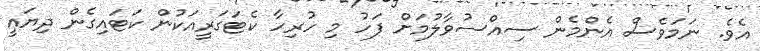
އެވެ. ނަމަވެސް އެންމެން ސިއްސުވާލުމަށް ފަހު މި ހުރިހާ ކެޓަގަރީއަކުން ކަޓައިގެން ދިޔައީ